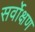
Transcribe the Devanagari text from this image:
सर्वोक्षण